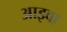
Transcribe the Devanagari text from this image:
आइवा